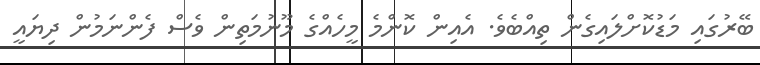
ބޭރުގައި މަޑުކޮށްލައިގެން ތިއްބެވެ. އެއިން ކޮންމެ މީހެއްގެ މޫނުމަތިން ވެސް ފެންނަމުން ދިޔައީ